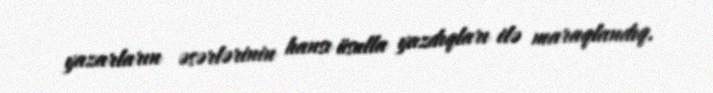
yazarların əsərlərinin hansı üsulla yazdıqları ilə maraqlandıq.